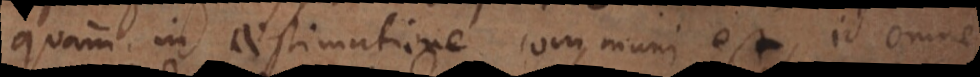
quam in aestimatione communi est, id omne